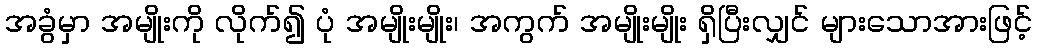
အခွံမှာ အမျိုးကို လိုက်၍ ပုံ အမျိုးမျိုး၊ အကွက် အမျိုးမျိုး ရှိပြီးလျှင် များသောအားဖြင့်